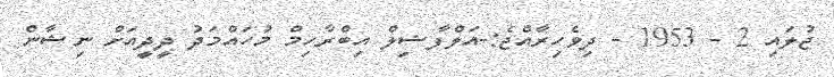
ޖުލައި 2 - 1953 - ދިވެހިރާއްޖެ:-އަލްފާޟިލް އިބްރާހިމް މުހައްމަދު ދީދީއަށް ނިޝާން